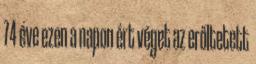
74 éve ezen a napon ért véget az erőltetett